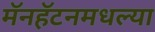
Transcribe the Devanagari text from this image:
मॅनहॅटनमधल्या